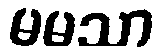
မမသာ